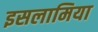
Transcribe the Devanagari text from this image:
इसलामिया